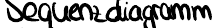
Sequenzdiagramm